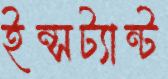
ইন্সট্যান্ট